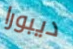
ديبورا